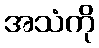
အသံကို